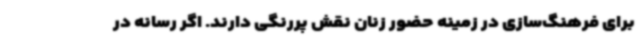
برای فرهنگ‌سازی در زمینه حضور زنان نقش پررنگی دارند. اگر رسانه در